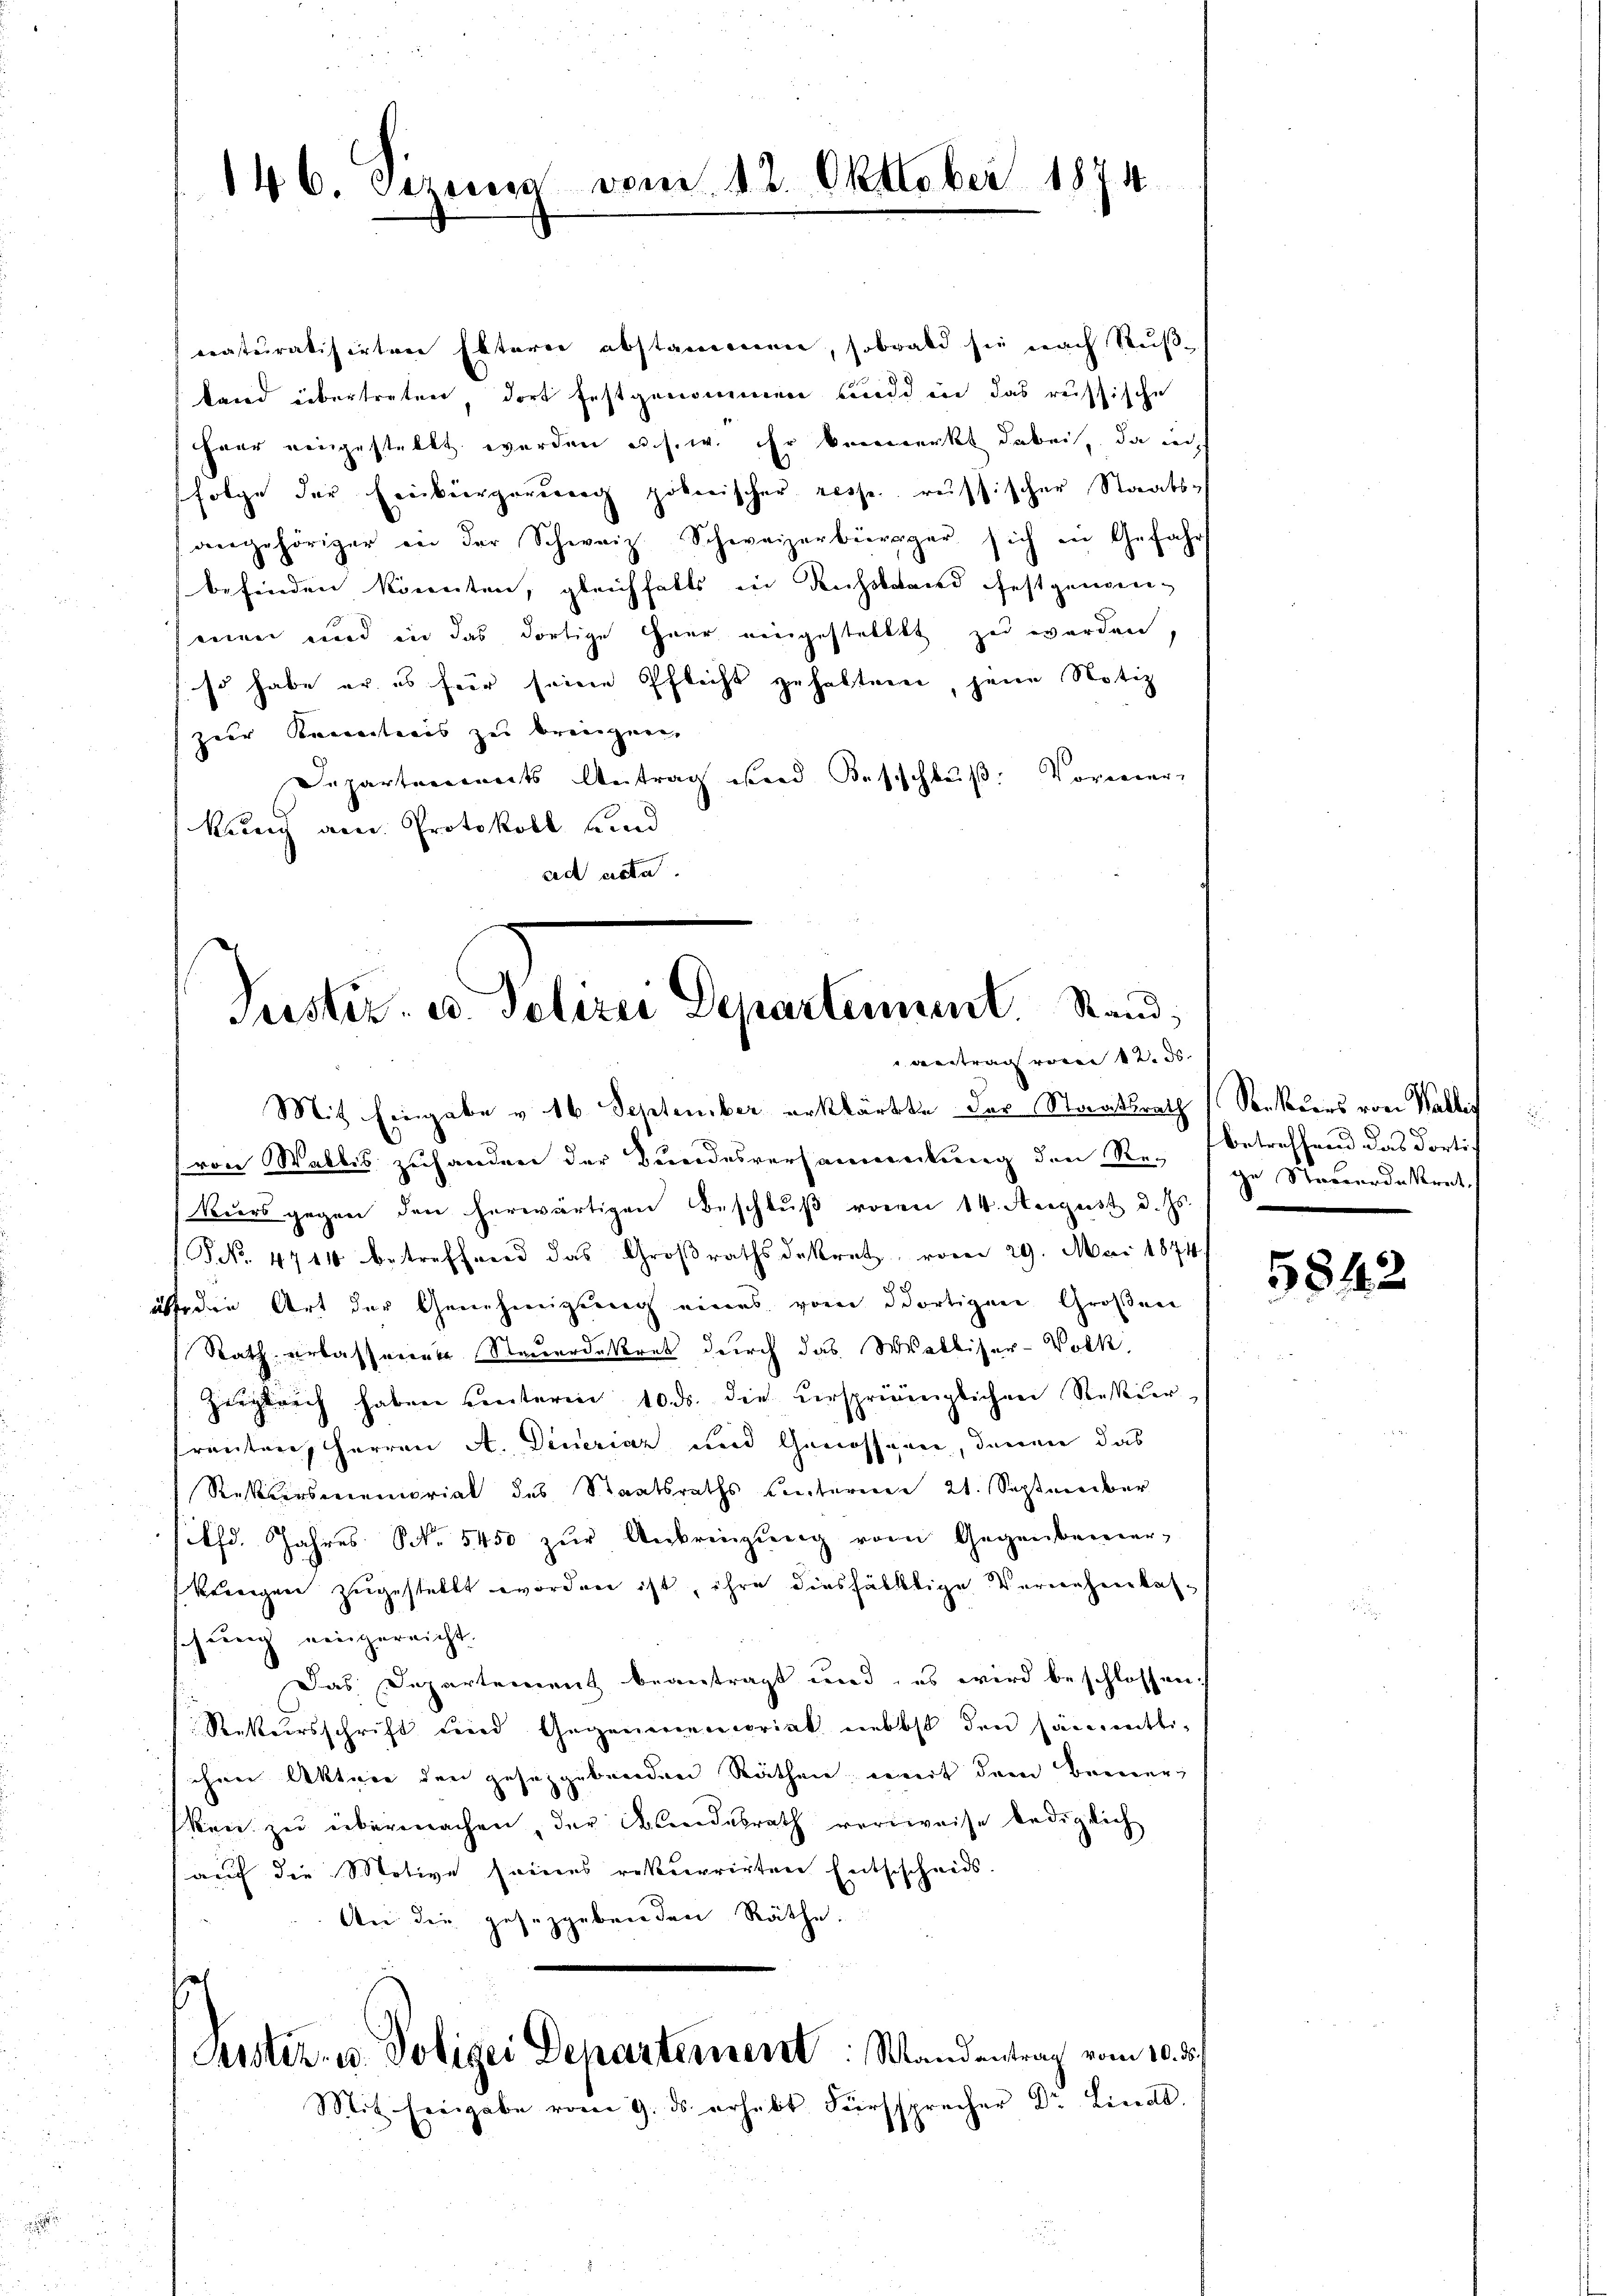
146. Gezessa vom 12. Oktober 1874.

eraturalisirten Elterer abstammenen, sobald sei nach Rußland übertreten, dort festgenommen und in das russische
Herr eingestellt werden u. s. w. Er vermerkt dabei, da ic
folge der Einbürgerung pöberischer resse, russischer Staatsangehöriger in der Schweiz Schweizerbürger sich in Gefahr
befinden könnten, gleichfalls in Ruchsband festgenanneien und in das dortige Haar eingestellt zu werden,
so habe er es für seine Pflicht zuhalten, jene Notiz
zur Kenntnis zu breegen.
Departements Antrag und Beschluß. Vormier
kung am Protokoll sind
rad acta.

Puster. v. Polizei Departement. Stand,
antrag von 12. ds.

Mit Eingabe v. 16 September erklärte des Staatsrath Senkiers von Wallis
(von Wallis zuhanden der Bundesversammlung den Re. betreffend das dorti¬
Biers gegen den herwärtigen Beschlŭβ voren 14. August d. Js.
PNNo. 4741 betreffend das Großrathsdekret, vom 29. Mai 1874
a die Art der Genehmigung eines vom dortigen Großen
Rath erlassenen Steuerdekret durch das Walliser-Volk
Zergleich haben unterm 10. ds. die verspringlichen Rekurfrenten, Herren A. Dineriaz und Genossen, denen das
Restersmemorial des Staatsraths hinterm 21. Septmeiber
sith. Jahres S. 5450 zur Anbringung vom Gegenbemer-
kereigen zugestellt worden ist, ihre diesfälltige Verwehrerbalschung eingereicht.
Das Departement beantragt und, es wird beschlossen:
Rekursschrift und Gegenmemoriat nebst den sämmtti-
chen Akten den gesetzgebenden Räthen, weit dem Berner,
ken zu übermachen, der Blindesrath verweise bediglich
auf die Motive seines rekurrirten Entschcheids.
An die gesetzgebenden Räthe.
Seister, u. Polizei Departement: Wandentrag vom 10. ds.
Mit hiergabe vom 9. ds. erhebt. Fürsprecher Dr. Lindt.

ge Standerdekret,

5842